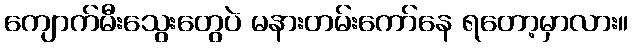
ကျောက်မီးသွေးတွေပဲ မနားတမ်းကော်နေ ရတော့မှာလား။